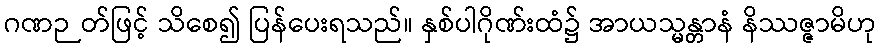
ဂဏဉတ်ဖြင့် သိစေ၍ ပြန်ပေးရသည်။ နှစ်ပါဂိုဏ်းထံ၌ အာယသ္မန္တာနံ နိဿဇ္ဇာမိဟု